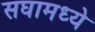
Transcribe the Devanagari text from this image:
सघामध्ये